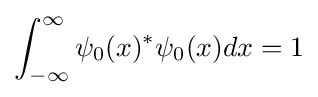
\int _{-\infty }^{\infty }\psi _{0}(x)^{*}\psi _{0}(x)dx=1